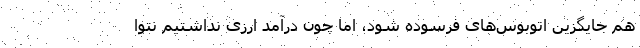
هم جایگزین اتوبوس‌های فرسوده شود، اما چون درآمد ارزی نداشتیم نتوا